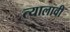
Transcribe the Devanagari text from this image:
त्यालावी